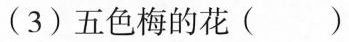
(3)五色梅的花( )